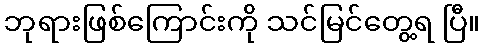
ဘုရားဖြစ်ကြောင်းကို သင်မြင်တွေ့ရ ပြီ။